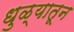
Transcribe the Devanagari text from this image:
धुळ्यातून